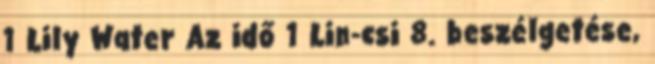
1 Lily Water Az idő 1 Lin-csi 8. beszélgetése,